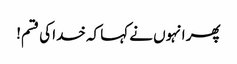
پھر انہوں نے کہا کہ خدا کی قسم!